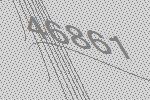
46861